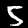
Label: 5